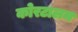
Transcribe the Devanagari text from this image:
कोरटालम